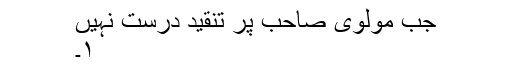
جب مولوی صاحب پر تنقید درست نہیں
۱۔